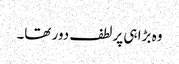
وہ بڑا ہی پرلطف دور تھا۔